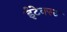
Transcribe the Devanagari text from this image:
ईटेक्स्ट